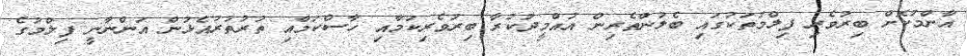
އާންމުކޮށް ބިރުވެރި ފިލްމުތަކުގައި ބެލުންތެރިން އުއްމީދުކުރާ ބިރުވެރިކަމާއި ހާސްކަމާއި ތުރުތުރުއެޅުން އަންނާނީ ފިލްމުގެ